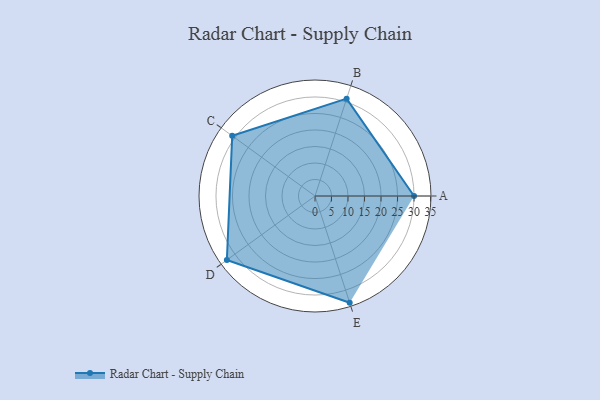
{"axis": {"x": "Skill", "y": "Score"}, "legend": ["Profile"], "data": [{"x": "A", "y": 30.0, "type": "Profile"}, {"x": "B", "y": 31.0, "type": "Profile"}, {"x": "C", "y": 31.0, "type": "Profile"}, {"x": "D", "y": 33.0, "type": "Profile"}, {"x": "E", "y": 34.0, "type": "Profile"}]}